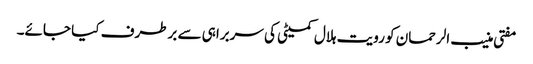
مفتی منیب الرحمان کو رویت ہلال کمیٹی کی سربراہی سے برطرف کیا جائے۔